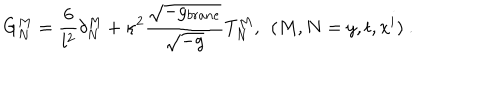
G _ { N } ^ { M } = \frac { 6 } { l ^ { 2 } } \delta _ { N } ^ { M } + \kappa ^ { 2 } \frac { \sqrt { - g _ { b r a n e } } } { \sqrt { - g } } T _ { N } ^ { M } , \: \: ( M , N = y , t , x ^ { i } ) \ .